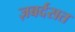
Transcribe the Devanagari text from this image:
ज़बर्दसत